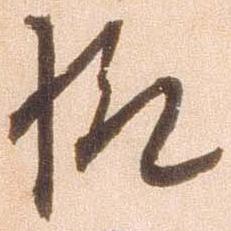
様